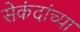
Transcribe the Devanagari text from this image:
सेकंदांच्या